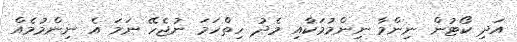
އަދި ކޯޓުން ނިންމާ ނިންމުމަކާއި މެދު ހިތްހަމަ ނުޖެހޭ ނަމަ އެ ނިންމުމެއް